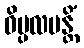
ဝိပ္ပလပန္တိံ